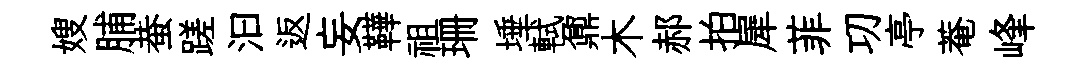
嫂脯蛬蹉汩返妄鞾祖珊埵軾鼐木郝拍犀菲㓛亭菴峰